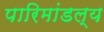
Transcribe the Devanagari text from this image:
पारिमांडल्य